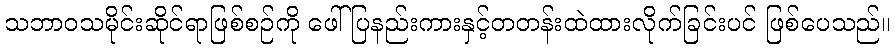
သဘာဝသမိုင်းဆိုင်ရာဖြစ်စဉ်ကို ဖေါ်ပြနည်းကားနှင့်တတန်းထဲထားလိုက်ခြင်းပင် ဖြစ်ပေသည်။